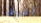
أعرف